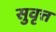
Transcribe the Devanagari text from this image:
सुवृत्त